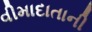
વીમાદાતાની